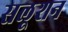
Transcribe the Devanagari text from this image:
सलूशन